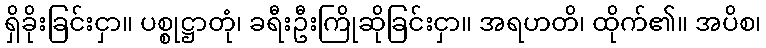
ရှိခိုးခြင်းငှာ။ ပစ္စုဋ္ဌာတုံ၊ ခရီးဦးကြိုဆိုခြင်းငှာ။ အရဟတိ၊ ထိုက်၏။ အပိစ၊